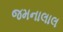
જમનાલાલ